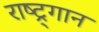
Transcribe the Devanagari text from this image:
राष्ट्र्गान